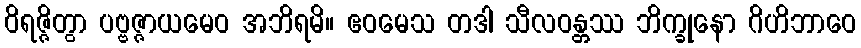
ဝိရဇ္ဇိတွာ ပဗ္ဗဇ္ဇာယမေဝ အဘိရမိ။ ဧဝမေသ တဒါ သီလဝန္တဿ ဘိက္ခုနော ဂိဟိဘာဝေ